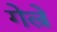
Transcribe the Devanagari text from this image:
गेल्रे